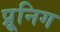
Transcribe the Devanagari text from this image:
प्रूनिग